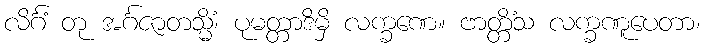
လိင်္ဂံ တု အင်္ဂဇာတသ္မိံ၊ ပုမတ္တာဒိမှိ လက္ခဏေ။ ဗာတ္တိံသ လက္ခဏူပေတာ၊